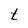
Character: t